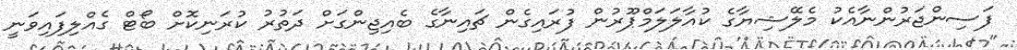
ފަސިންޖަރުންނާއެކު މެލޭޝިޔާގެ ކުއާލަލަމްޕޫރުން ފުރައިގެން ޗައިނާގެ ބެއިޖިންގަށް ދަތުރު ކުރަނިކޮށް ބޯޓް ގެއްލިފައިވަނީ